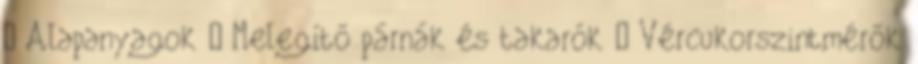
› Alapanyagok › Melegítő párnák és takarók › Vércukorszintmérők